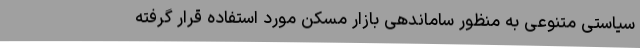
سیاستی‌ متنوعی به منظور ساماندهی بازار مسکن مورد استفاده قرار گرفته